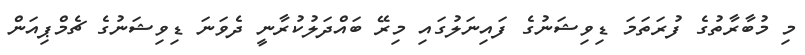
މި މުބާރާތުގެ ފުރަތަމަ ޑިވިޝަނުގެ ފައިނަލުގައި މިރޭ ބައްދަލުކުރާނީ ދެވަނަ ޑިވިޝަނުގެ ޗެމްޕިއަން